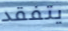
يتفقد